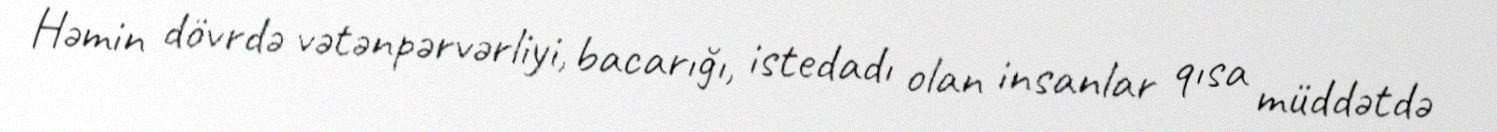
Həmin dövrdə vətənpərvərliyi, bacarığı, istedadı olan insanlar qısa müddətdə